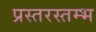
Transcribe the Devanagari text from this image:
प्रस्तरस्तम्भ